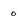
Character: 0